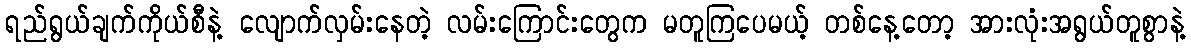
ရည်ရွယ်ချက်ကိုယ်စီနဲ့ လျောက်လှမ်းနေတဲ့ လမ်းကြောင်းတွေက မတူကြပေမယ့် တစ်နေ့တော့ အားလုံးအရွယ်တူစွာနဲ့